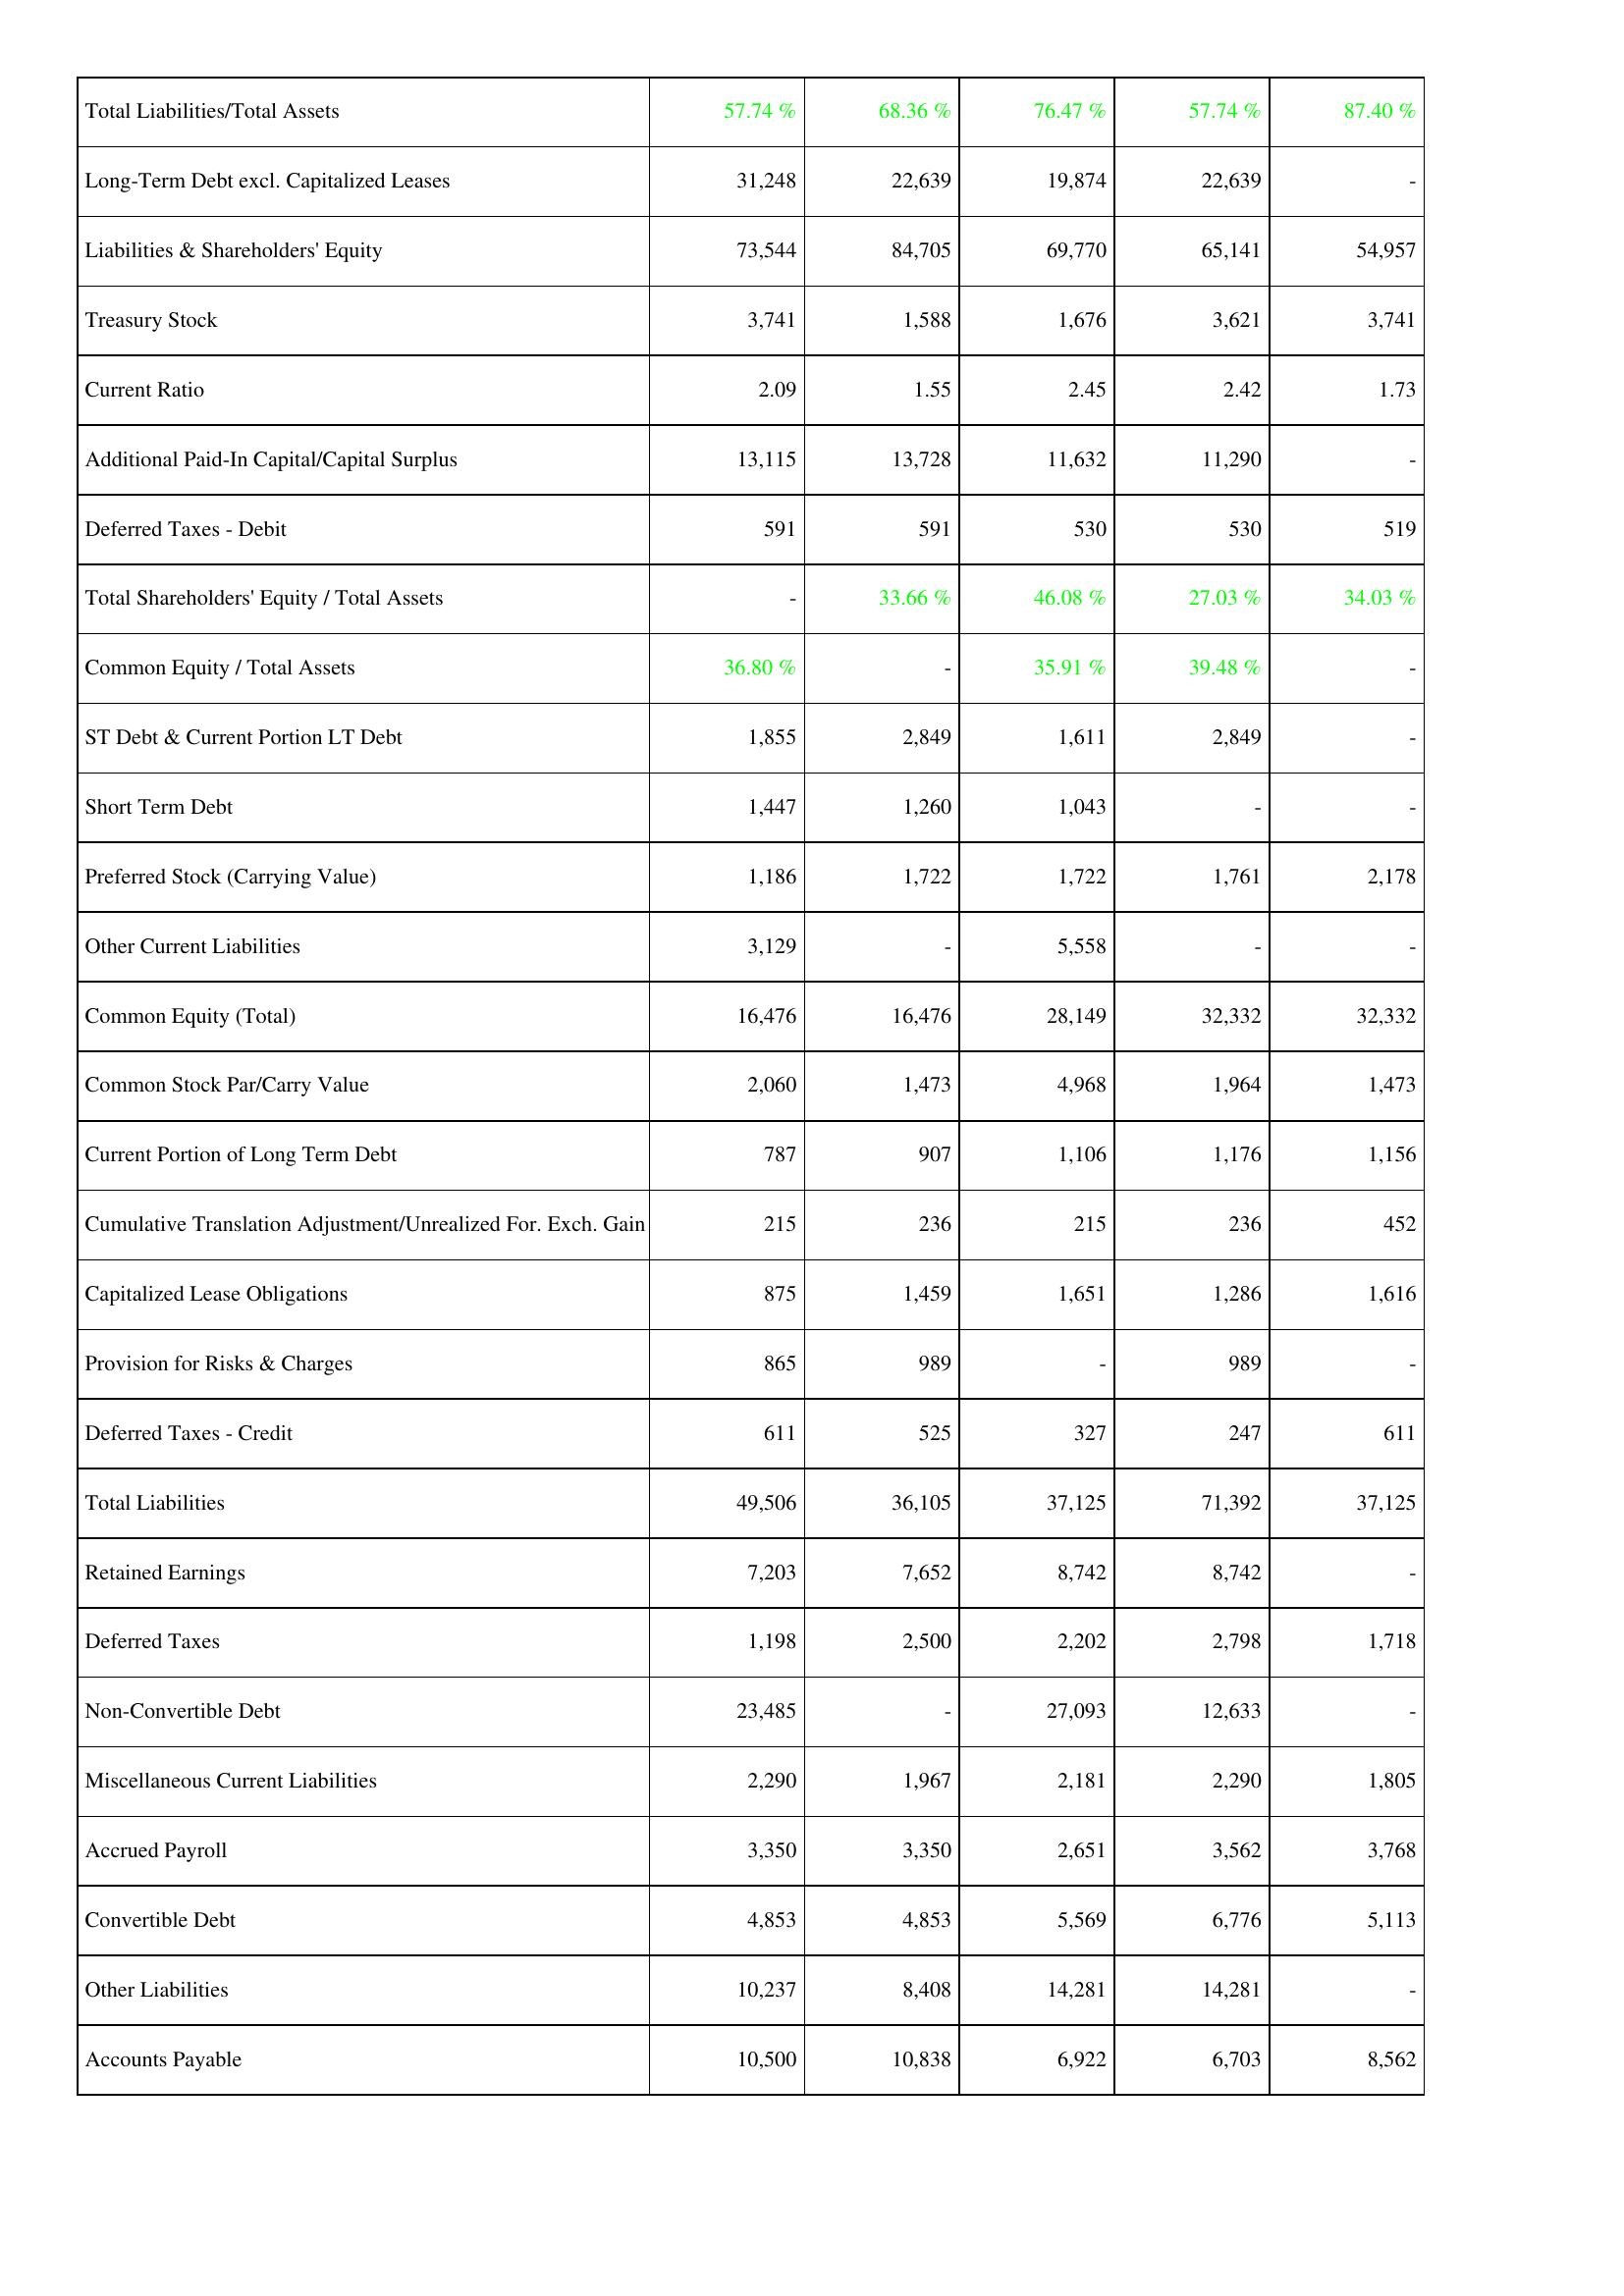
2018: Liabilities & Shareholders' Equity: Total Liabilities/Total Assets: 57.74 %
Long-Term Debt excl. Capitalized Leases: 31,248
Liabilities & Shareholders' Equity: 73,544
Treasury Stock: 3,741
Current Ratio: 2.09
Additional Paid-In Capital/Capital Surplus: 13,115
Deferred Taxes - Debit: 591
Total Shareholders' Equity / Total Assets: -
Common Equity / Total Assets: 36.80 %
ST Debt & Current Portion LT Debt: 1,855
Short Term Debt: 1,447
Preferred Stock (Carrying Value): 1,186
Other Current Liabilities: 3,129
Common Equity (Total): 16,476
Common Stock Par/Carry Value: 2,060
Current Portion of Long Term Debt: 787
Cumulative Translation Adjustment/Unrealized For. Exch. Gain: 215
Capitalized Lease Obligations: 875
Provision for Risks & Charges: 865
Deferred Taxes - Credit: 611
Total Liabilities: 49,506
Retained Earnings: 7,203
Deferred Taxes: 1,198
Non-Convertible Debt: 23,485
Miscellaneous Current Liabilities: 2,290
Accrued Payroll: 3,350
Convertible Debt: 4,853
Other Liabilities: 10,237
Accounts Payable: 10,500
2019: Liabilities & Shareholders' Equity: Total Liabilities/Total Assets: 68.36 %
Long-Term Debt excl. Capitalized Leases: 22,639
Liabilities & Shareholders' Equity: 84,705
Treasury Stock: 1,588
Current Ratio: 1.55
Additional Paid-In Capital/Capital Surplus: 13,728
Deferred Taxes - Debit: 591
Total Shareholders' Equity / Total Assets: 33.66 %
Common Equity / Total Assets: -
ST Debt & Current Portion LT Debt: 2,849
Short Term Debt: 1,260
Preferred Stock (Carrying Value): 1,722
Other Current Liabilities: -
Common Equity (Total): 16,476
Common Stock Par/Carry Value: 1,473
Current Portion of Long Term Debt: 907
Cumulative Translation Adjustment/Unrealized For. Exch. Gain: 236
Capitalized Lease Obligations: 1,459
Provision for Risks & Charges: 989
Deferred Taxes - Credit: 525
Total Liabilities: 36,105
Retained Earnings: 7,652
Deferred Taxes: 2,500
Non-Convertible Debt: -
Miscellaneous Current Liabilities: 1,967
Accrued Payroll: 3,350
Convertible Debt: 4,853
Other Liabilities: 8,408
Accounts Payable: 10,838
2020: Liabilities & Shareholders' Equity: Total Liabilities/Total Assets: 76.47 %
Long-Term Debt excl. Capitalized Leases: 19,874
Liabilities & Shareholders' Equity: 69,770
Treasury Stock: 1,676
Current Ratio: 2.45
Additional Paid-In Capital/Capital Surplus: 11,632
Deferred Taxes - Debit: 530
Total Shareholders' Equity / Total Assets: 46.08 %
Common Equity / Total Assets: 35.91 %
ST Debt & Current Portion LT Debt: 1,611
Short Term Debt: 1,043
Preferred Stock (Carrying Value): 1,722
Other Current Liabilities: 5,558
Common Equity (Total): 28,149
Common Stock Par/Carry Value: 4,968
Current Portion of Long Term Debt: 1,106
Cumulative Translation Adjustment/Unrealized For. Exch. Gain: 215
Capitalized Lease Obligations: 1,651
Provision for Risks & Charges: -
Deferred Taxes - Credit: 327
Total Liabilities: 37,125
Retained Earnings: 8,742
Deferred Taxes: 2,202
Non-Convertible Debt: 27,093
Miscellaneous Current Liabilities: 2,181
Accrued Payroll: 2,651
Convertible Debt: 5,569
Other Liabilities: 14,281
Accounts Payable: 6,922
2021: Liabilities & Shareholders' Equity: Total Liabilities/Total Assets: 57.74 %
Long-Term Debt excl. Capitalized Leases: 22,639
Liabilities & Shareholders' Equity: 65,141
Treasury Stock: 3,621
Current Ratio: 2.42
Additional Paid-In Capital/Capital Surplus: 11,290
Deferred Taxes - Debit: 530
Total Shareholders' Equity / Total Assets: 27.03 %
Common Equity / Total Assets: 39.48 %
ST Debt & Current Portion LT Debt: 2,849
Short Term Debt: -
Preferred Stock (Carrying Value): 1,761
Other Current Liabilities: -
Common Equity (Total): 32,332
Common Stock Par/Carry Value: 1,964
Current Portion of Long Term Debt: 1,176
Cumulative Translation Adjustment/Unrealized For. Exch. Gain: 236
Capitalized Lease Obligations: 1,286
Provision for Risks & Charges: 989
Deferred Taxes - Credit: 247
Total Liabilities: 71,392
Retained Earnings: 8,742
Deferred Taxes: 2,798
Non-Convertible Debt: 12,633
Miscellaneous Current Liabilities: 2,290
Accrued Payroll: 3,562
Convertible Debt: 6,776
Other Liabilities: 14,281
Accounts Payable: 6,703
2022: Liabilities & Shareholders' Equity: Total Liabilities/Total Assets: 87.40 %
Long-Term Debt excl. Capitalized Leases: -
Liabilities & Shareholders' Equity: 54,957
Treasury Stock: 3,741
Current Ratio: 1.73
Additional Paid-In Capital/Capital Surplus: -
Deferred Taxes - Debit: 519
Total Shareholders' Equity / Total Assets: 34.03 %
Common Equity / Total Assets: -
ST Debt & Current Portion LT Debt: -
Short Term Debt: -
Preferred Stock (Carrying Value): 2,178
Other Current Liabilities: -
Common Equity (Total): 32,332
Common Stock Par/Carry Value: 1,473
Current Portion of Long Term Debt: 1,156
Cumulative Translation Adjustment/Unrealized For. Exch. Gain: 452
Capitalized Lease Obligations: 1,616
Provision for Risks & Charges: -
Deferred Taxes - Credit: 611
Total Liabilities: 37,125
Retained Earnings: -
Deferred Taxes: 1,718
Non-Convertible Debt: -
Miscellaneous Current Liabilities: 1,805
Accrued Payroll: 3,768
Convertible Debt: 5,113
Other Liabilities: -
Accounts Payable: 8,562